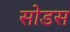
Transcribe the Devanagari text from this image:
सोडस